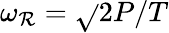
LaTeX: \omega_{\mathcal{R}}=\sqrt{}{{2P/T}}